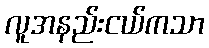
လူအနည်းငယ်ကသာ